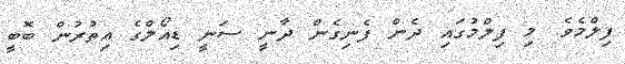
ފިލްމެވެ. މި ފިލްމުގައި ދެން ފެނިގެން ދާނީ ސަނީ ޑިއޯލްގެ އިތުރުން ބޮބީ